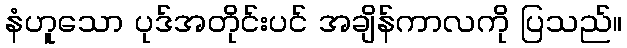
နံဟူသော ပုဒ်အတိုင်းပင် အချိန်ကာလကို ပြသည်။